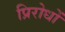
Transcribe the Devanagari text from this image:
प्रिरोधों